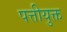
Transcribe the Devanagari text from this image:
पत्तीयुक्त